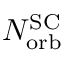
N _ { \mathrm { o r b } } ^ { \mathrm { S C } }